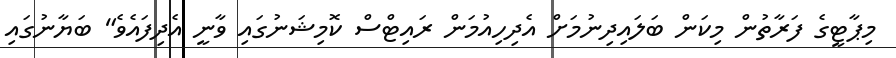
މިޕާޓީގެ ފަރާތުން މިކަން ބަލައިދިނުމަށް އެދިހިއުމަން ރައިޓްސް ކޮމިޝަނުގައި ވާނީ އެދިފައެވެ" ބަޔާނުގައި